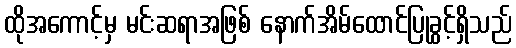
ထိုအကောင့်မှ မင်းဆရာအဖြစ် နောက်အိမ်ထောင်ပြုခွင့်ရှိသည်